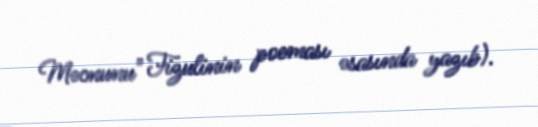
Məcnunu" Fizulinin poeması əsasında yazıb).